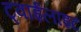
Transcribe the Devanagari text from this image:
ट्वाईलाइट